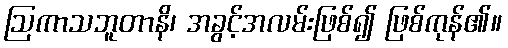
ဩကာသဘူတာနိ၊ အခွင့်အလမ်းဖြစ်၍ ဖြစ်ကုန်၏။